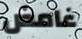
غامض